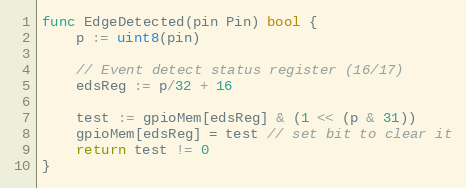
Language: Go
func EdgeDetected(pin Pin) bool {
	p := uint8(pin)

	// Event detect status register (16/17)
	edsReg := p/32 + 16

	test := gpioMem[edsReg] & (1 << (p & 31))
	gpioMem[edsReg] = test // set bit to clear it
	return test != 0
}